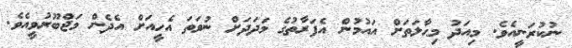
ނުކުރަނީއެވެ. މިއަދު މިޙާލަތަށް އައުމުން އެފަރާތުގެ މަދަދަށް ނުވަތަ އެހީއަށް އެދެން މަޖްބޫރުވީއެވެ.